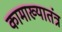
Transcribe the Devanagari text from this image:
कामाख्यातंत्र